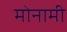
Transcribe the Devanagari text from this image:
मोनामी